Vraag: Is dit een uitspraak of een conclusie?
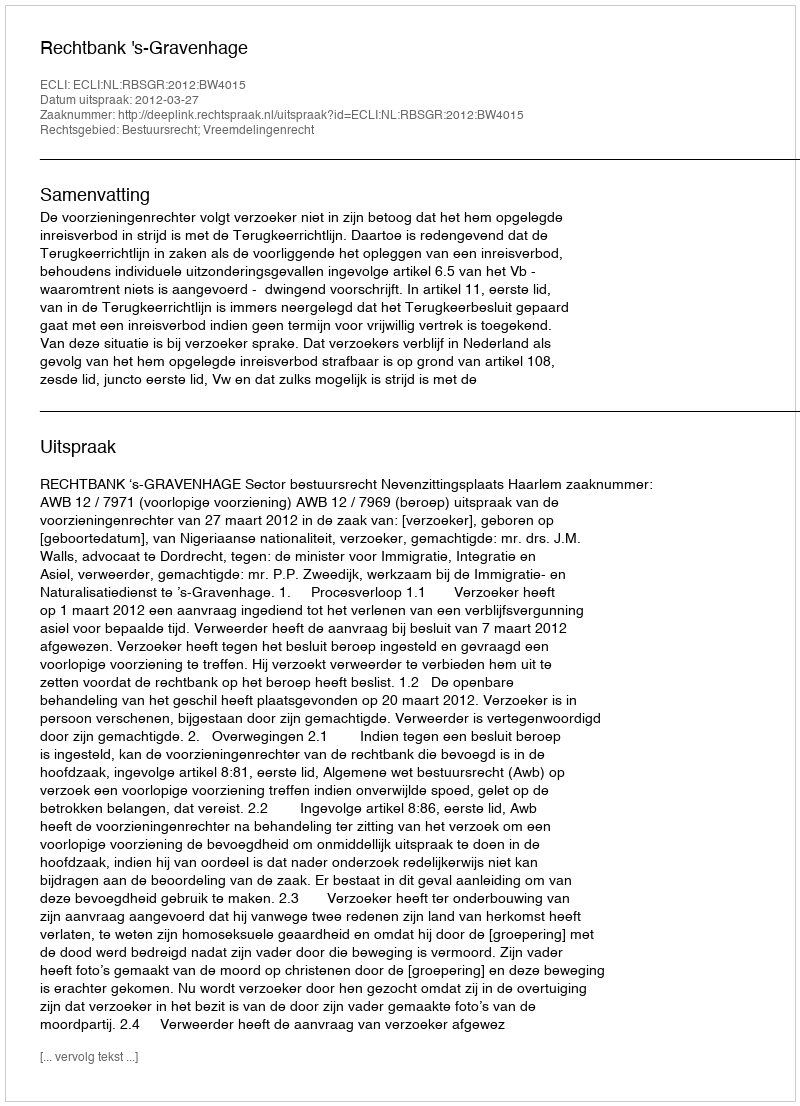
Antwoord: Uitspraak